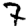
Digit: 7